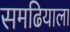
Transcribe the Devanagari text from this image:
समढियाला